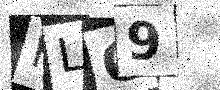
Text: KLO9